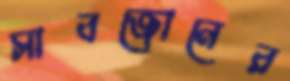
সাবজোনের